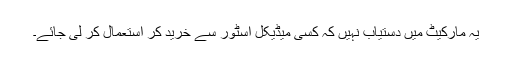
یہ مارکیٹ میں دستیاب نہیں کہ کسی میڈیکل اسٹور سے خرید کر استعمال کر لی جائے۔